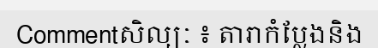
Commentសិល្បៈ ៖ តារាកំប្លែងនិង